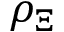
\rho _ { \Xi }